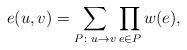
LaTeX: \begin{align*}e(u, v) = \sum_{P \colon u \to v} \prod_{e \in P} w(e),\end{align*}